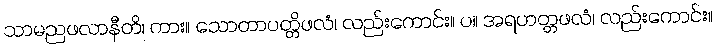
သာမညဖလာနီတိ၊ ကား။ သောတာပတ္တိဖလံ၊ လည်းကောင်း။ ပ။ အရဟတ္တဖလံ၊ လည်းကောင်း။